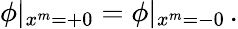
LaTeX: \phi\vert_{x^{m}=+0}=\phi\vert_{x^{m}=-0}\, .